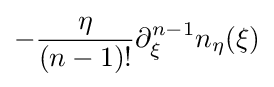
-{\frac {\eta }{(n-1)!}}\partial _{\xi }^{n-1}n_{\eta }(\xi )